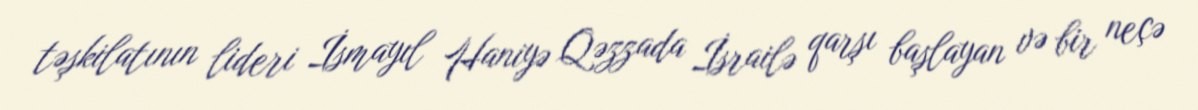
təşkilatının lideri İsmayıl Haniyə Qəzzada İsrailə qarşı başlayan və bir neçə